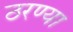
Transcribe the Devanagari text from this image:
ठरण्या